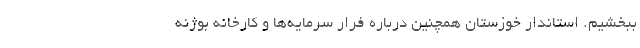
ببخشیم. استاندار خوزستان همچنین درباره فرار سرمایه‌ها و کارخانه بوژنه